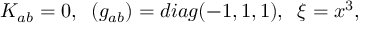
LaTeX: K _ { a b } = 0 , \; \; ( g _ { a b } ) = d i a g ( - 1 , 1 , 1 ) , \; \; \xi = x ^ { 3 } ,